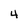
Character: 4